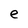
Character: e